Annual report of the Bengal Veterinary College and of the Civil Veterinary Department, Bengal, for the year 1908-1909 - 1908-1909
Year: 1908
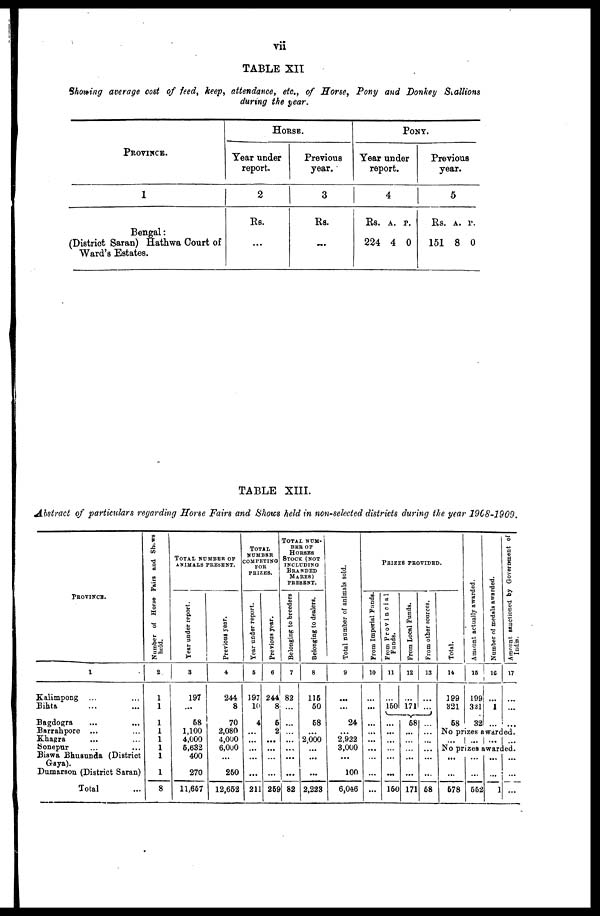
vii
TABLE XII
Showing average cost of feed, keep, attendance, etc., of Horse, Pony and Donkey Stallions
during the year.
PROVINCE.
1
Bengal:
(District Saran) Hathwa Court of
Ward's Estates.
HORSE
Year under
report.
2
Rs.
...
Previous
year.
3
Rs.
...
PONY.
Year under
report.
4
Rs.
224
A.
4
P.
0
Previous
year.
5
Rs.
151
A.
8
P.
0
TABLE XIII.
Abstract of particulars regarding Horse Fairs and Shows held in non-selected districts during the year 1908-1909.
PROVINCE.
1
Kalimpong ... ...
Bihta ... ...
Bagdogra ... ...
Barrahpore ... ...
Khagra ... ...
Sonepur ... ...
Biswa Bhusunda (District
Gaya).
Dumarson (District Saran)
Total ...
Number of Horse Fairs and Shows
held.
2
1
1
1
1
1
1
1
1
8
TOTAL NUMBER OF
ANIMALS
PRESENT.
Year under report.
3
197
...
68
1,100
4,000
6,632
400
270
11,657
Previous year.
4
244
8
70
2,080
4,000
6,000
...
250
12,652
TOTAL
NUMBER
COMPETING
FOR
PRIZES.
Year under report.
5
197
10
4
...
...
...
...
...
211
Previous year.
6
244
8
5
2
...
...
...
...
259
TOTAL NUM-
BER OF
HORSES
STOCK (NOT
INCLUDING
BRANDED
MARES)
PRESENT.
Belonging to breeders
7
82
...
...
...
...
...
...
...
82
Belonging to dealers.
8
115
50
58
...
2,000
...
...
...
2,223
Total number of animals sold.
9
...
...
24
...
2,922
3,000
...
100
6,046
PRIZES
PROVIDED.
Prom Imperial Funds.
10
...
...
...
...
...
...
...
...
...
From Provincial
Funds.
11
...
150
...
...
...
...
...
...
150
From Local Funds.
12
...
171
58
...
...
...
...
...
171
From other sources.
13
...
...
...
...
...
...
...
...
58
Total.
14
199
321
58
Amount actually awarded.
15
199
321
32
Number of medals awarded.
16
...
1
...
Amount sanctioned by Government of
India.
17
...
...
...
No prizes awarded.
... ...
... ...
No prizes awarded.
...
...
578
...
...
552
...
...
1
...
...
...